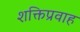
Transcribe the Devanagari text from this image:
शक्तिप्रवाह